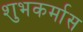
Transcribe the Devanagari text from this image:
शुभकर्मास